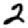
Digit: 2